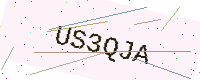
Text: US3QJA